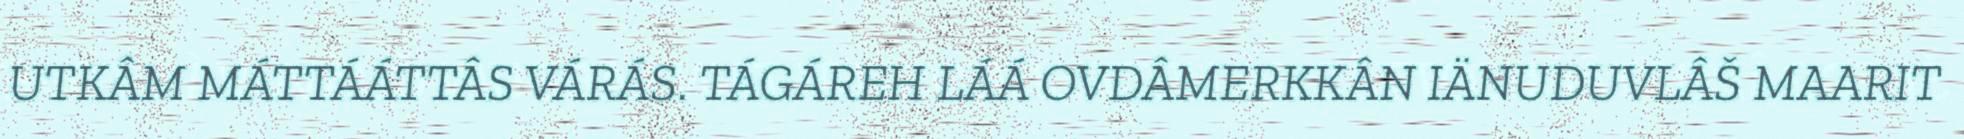
UTKÂM MÁTTÁÁTTÂS VÁRÁS. TÁGÁREH LÁÁ OVDÂMERKKÂN IÄNUDUVLÂŠ MAARIT